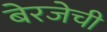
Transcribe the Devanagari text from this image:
बेरजेची